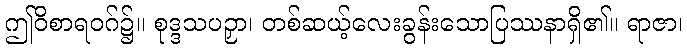
ဤဝိစာရဝဂ်၌။ စုဒ္ဒသပဉှာ၊ တစ်ဆယ့်လေးခွန်းသောပြဿနာရှိ၏။ ရာဇာ၊